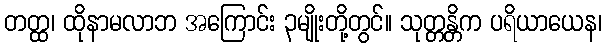
တတ္ထ၊ ထိုနာမလာဘ အကြောင်း ၃မျိုးတို့တွင်။ သုတ္တန္တိက ပရိယာယေန၊